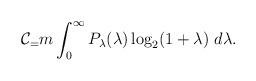
LaTeX: \begin{align*}\mathcal{C}_=m\int_0^\infty P_\lambda(\lambda)\log_2(1+\lambda)\ d\lambda.\end{align*}